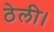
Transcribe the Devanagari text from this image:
ठेली।